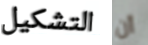
التشكيل أن